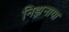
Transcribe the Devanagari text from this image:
निझ़नाया